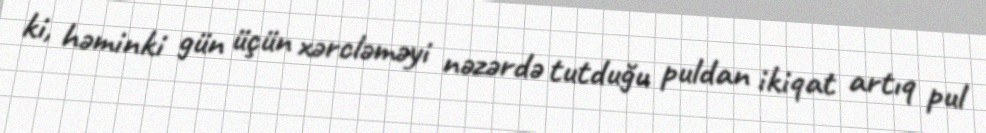
ki, həminki gün üçün xərcləməyi nəzərdə tutduğu puldan ikiqat artıq pul